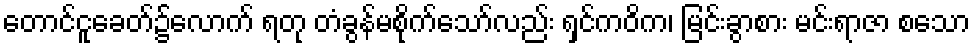
တောင်ငူခေတ်၌လောက် ရတု တံခွန်မစိုက်သော်လည်း ရှင်ကဝိက၊ မြင်းခွာစား မင်းရာဇာ စသော